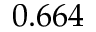
0 . 6 6 4